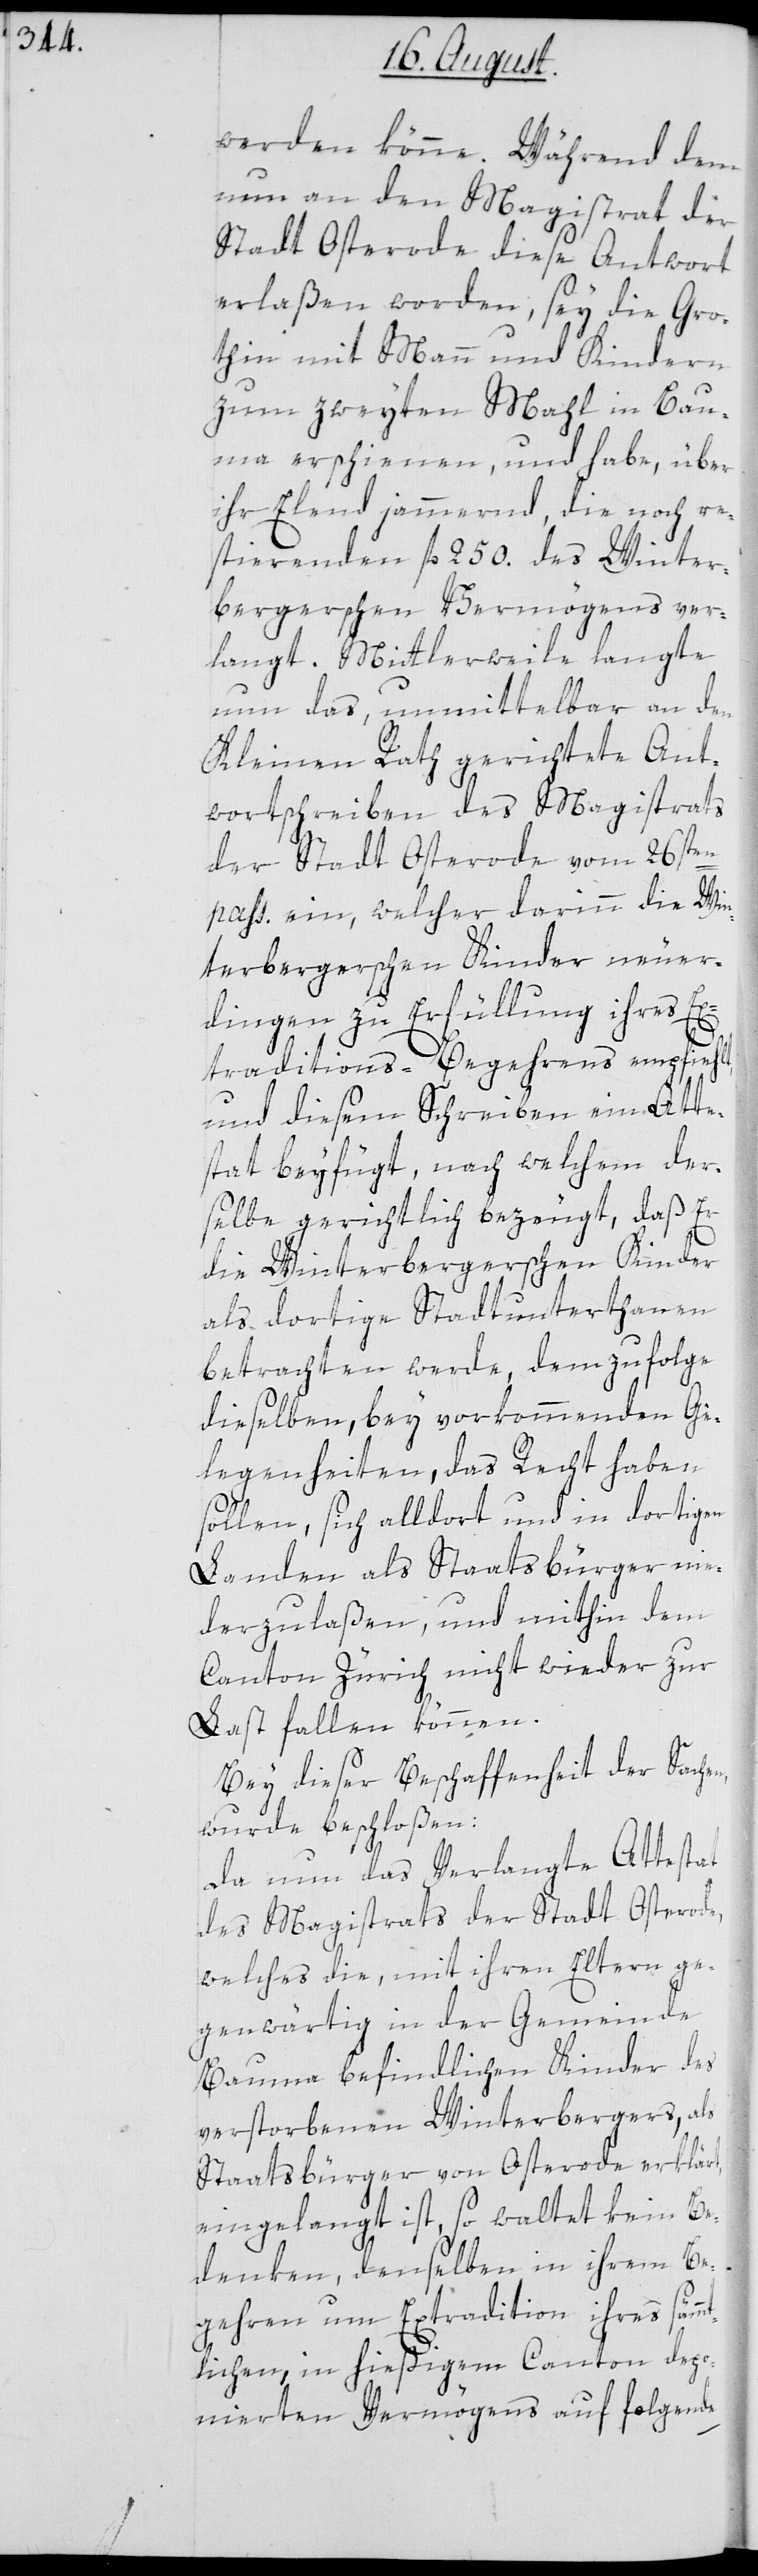
werden könne. Während dem
nun an den Magistrat der
Stadt Osterode diese Antwort
erlaßen worden, sey die Gro¬
thin mit Mann und Kindern
zum zweyten Mahl in Bau¬
ma erschienen, und habe, über
ihr Elend jammernd, die noch re¬
stierenden fl. 250. des Winter¬
bergerschen Vermögens ver¬
langt. Mittlerweile langte
nun das, unmittelbar an den
Kleinen Rath gerichtete Ant¬
wortschreiben des Magistrats
der Stadt Osterode vom 26sten
pass. ein, welcher darinn die Win¬
terbergerschen Kinder neuer¬
dingen zu Erfüllung ihres Ex¬
traditions-Begehrens empfiehlt,
und diesem Schreiben einen Atte¬
stat beyfügt, nach wechem der¬
selbe gerichtlich bezeugt, daß Er
die Winterbergerschen Kinder
als dortige Stadtunterthanen
betrachten werde, demzufolge
dieselben, bey vorkommenden Ge¬
legenheiten, das Recht haben
sollen, sich alldort und in dortigen
Landen als Staatsbürger nie¬
derzulaßen, und mithin dem
Canton Zürich nicht wieder zur
Last fallen können.
Bey dieser Beschaffenheit der Sachen,
wurde beschloßen:
Da nun das Verlangte Attestat
des Magistrats der Stadt Osterode,
welches die, mit ihren Eltern ge¬
genwärtig in der Gemeinde
Bauma befindlichen Kinder des
verstorbenen Winterbergers, als
Staatsbürger von Osterode erklärt,
eingelangt ist, so waltet kein Be¬
denken, denselben in ihrem Be¬
gehren um Extradition ihres sämmt¬
lichen, in hießigem Canton depo¬
nierten Vermögens auf folgende